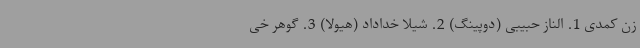
زن کمدی 1. الناز حبیبی (دوپینگ) 2. شیلا خداداد (هیولا) 3. گوهر خی